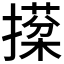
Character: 𢵙